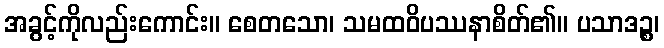
အခွင့်ကိုလည်းကောင်း။ စေတသော၊ သမထဝိပဿနာစိတ်၏။ ပသာဒဉ္စ၊